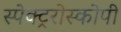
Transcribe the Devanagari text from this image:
स्पेक्ट्ररोस्कोपी